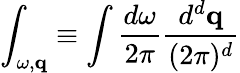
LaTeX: \int_{\omega,{\mathbf q}}\equiv\int\frac{d\omega}{2\pi}\frac{d^{d}{\mathbf q}}{(2\pi)^{d}}